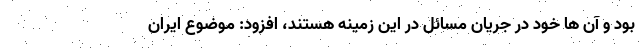
بود و آن ها خود در جریان مسائل در این زمینه هستند، افزود: موضوع ایران